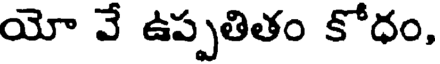
యో వే ఉప్పతితం కోధం,